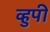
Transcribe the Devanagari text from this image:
व्हुपी